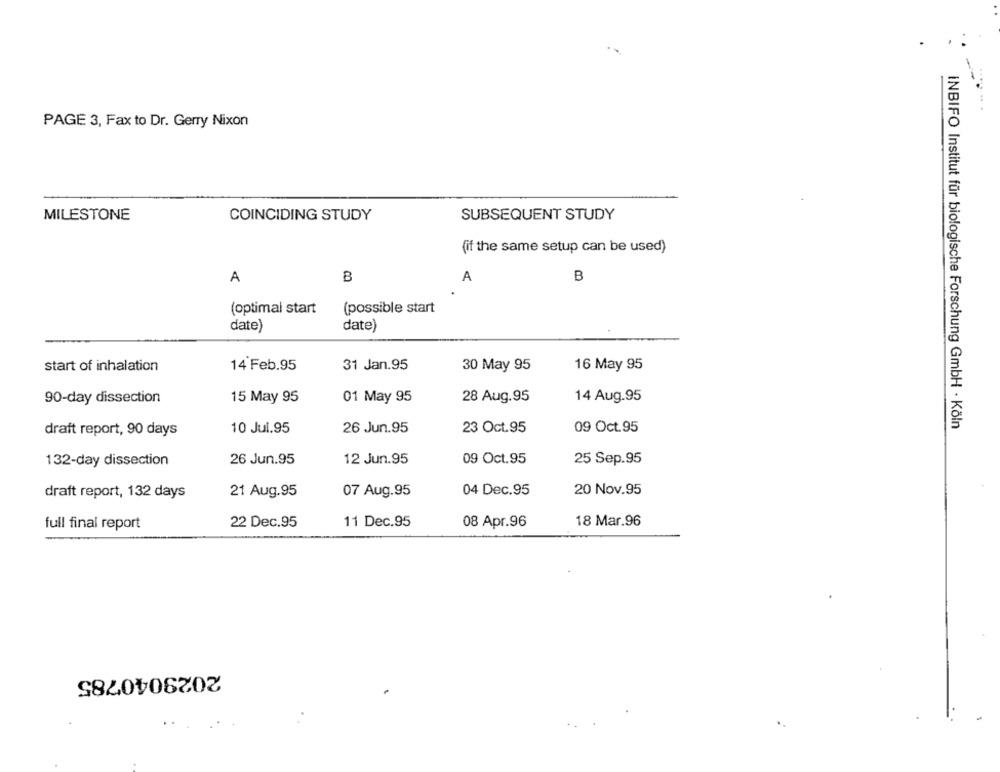
PAGE 3, Fax to Dr. Gerry Nixon
MILESTONE
COINCIDING STUDY
SUBSEQUENT STUDY
(if the same setup can be used)
B
A
B
A
(optimal start
(possible start
date)
date)
start of inhalation
14 Feb.95
31 Jan.95
30 May 95
16 May 95
90-day dissection
15 May 95
01 May 95
28 Aug.95
14 Aug.95
draft report, 90 days
10 Jul.95
26 Jun.95
23 Oct.95
09 Oct.95
INBIFO Institut für biologische Forschung GmbH · Köln
132-day dissection
26 Jun.95
12 Jun.95
09 Oct.95
25 Sep.95
draft report, 132 days
21 Aug.95
07 Aug.95
04 Dec.95
20 Nov.95
full final report
22 Dec.95
11 Dec.95
08 Apr.96
18 Mar.96
2029040785